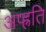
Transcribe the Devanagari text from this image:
अप्ह्रति